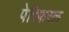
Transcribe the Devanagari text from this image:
पेरिफ़रल